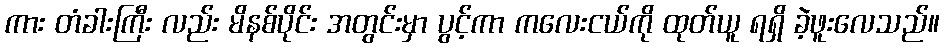
ကား တံခါးကြီး လည်း မိနစ်ပိုင်း အတွင်းမှာ ပွင့်ကာ ကလေးငယ်ကို ထုတ်ယူ ရရှိ ခဲ့ဖူးလေသည်။